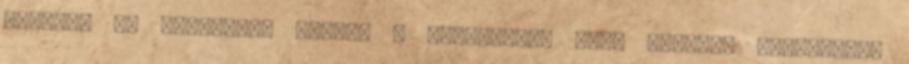
tették, mi beltérben inkább a szervetlen vagy ásványi anyagokkal